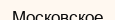
Московское